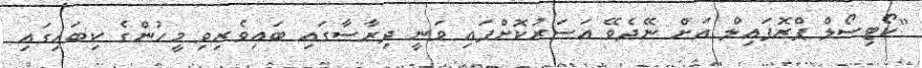
"ކޯޓިސޯލް ޕްރޮފައިލް އަށް ނޭދެވޭ އަސަރުކޮށްފައި ވަނީ ދިރާސާގައި ބައިވެރިވި މީހުންގެ ކިބައިގައި